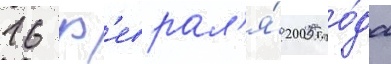
16 ф'еврал'я́ 2005 го́да